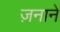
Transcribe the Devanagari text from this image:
ज़नाने